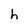
Character: h